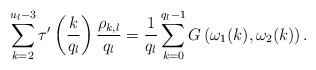
LaTeX: \begin{align*} \sum_{k=2}^{u_l-3} \tau' \left(\frac{k}{q_l} \right) \frac{\rho_{k,l}}{q_l} = \frac{1}{q_l} \sum_{k=0}^{q_l-1} G \left( \omega_1 (k), \omega_2(k) \right).\end{align*}